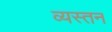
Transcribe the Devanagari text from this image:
व्यस्तन